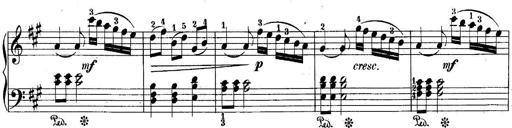
Title: 10 Sonatines progressives
Composer: Anton Schmoll